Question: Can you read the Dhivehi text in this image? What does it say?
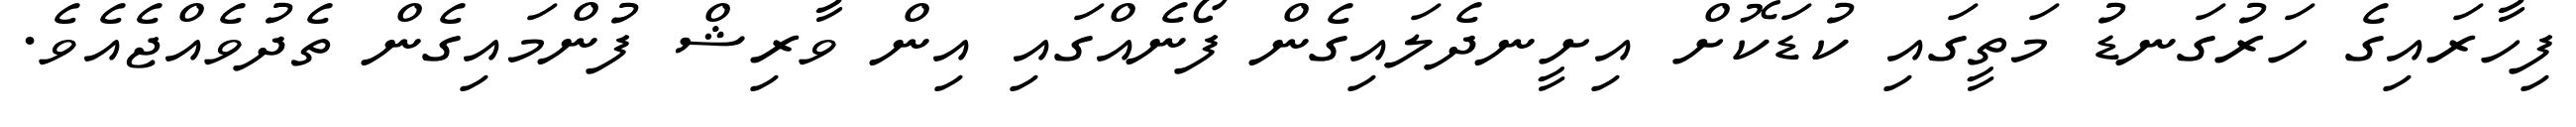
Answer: ފިހާރައިގެ ހަރުގަނޑު މަތީގައި ކުޑަކޮށް އިށީނދެލައިގެން ފޯނެއްގައި އިން ވާރިޝް ފުންމައިގެން ތެދުވެއްޖެއެވެ.